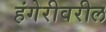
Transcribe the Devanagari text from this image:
हंगेरीवरील